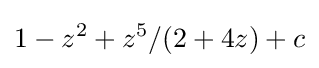
1-z^{2}+z^{5}/(2+4z)+c